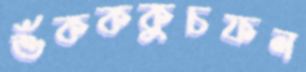
শুঁকককুচফল